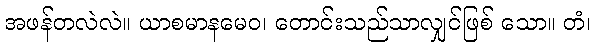
အဖန်တလဲလဲ။ ယာစမာနမေဝ၊ တောင်းသည်သာလျှင်ဖြစ် သော။ တံ၊